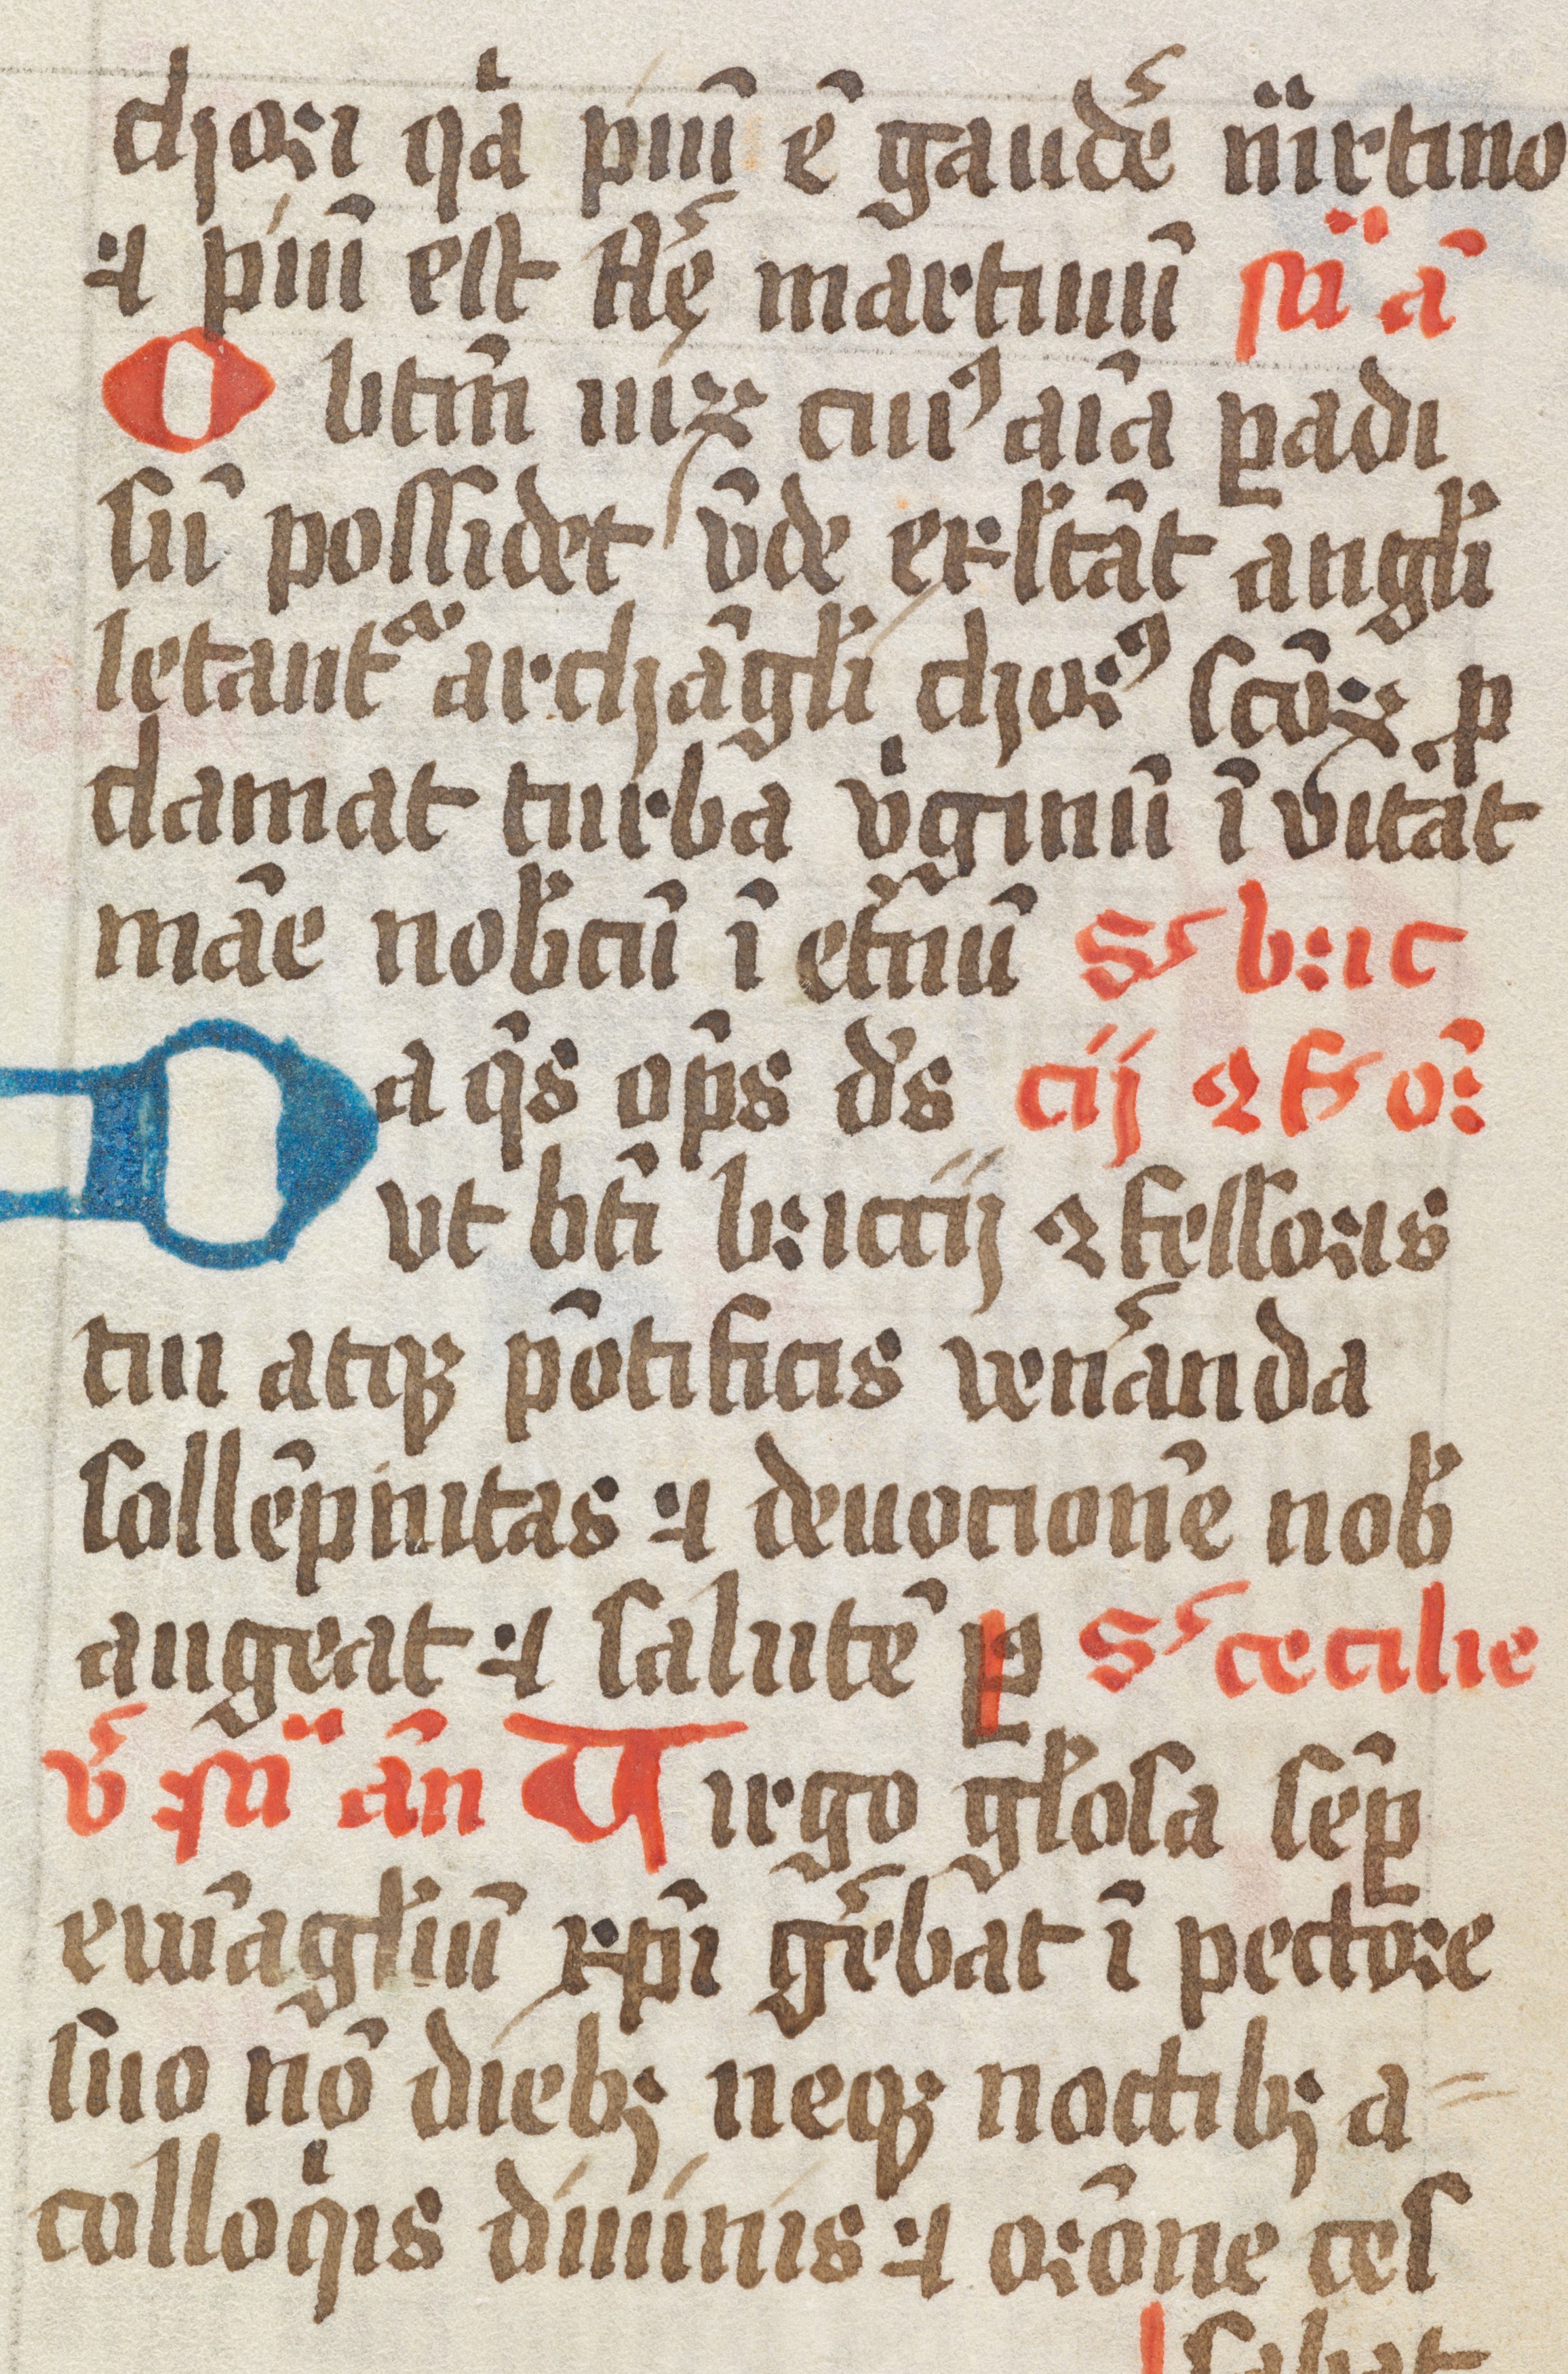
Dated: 1461–1499